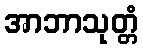
အာဘာသုတ္တံ